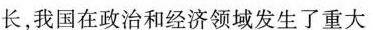
长，我国在政治和经济领域发生了重大